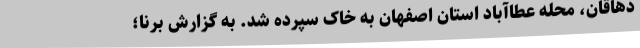
دهاقان، محله عطاآباد استان اصفهان به خاک سپرده شد. به گزارش برنا؛